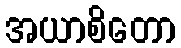
အယာစိတော